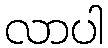
လာပါ